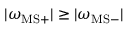
| \omega _ { \mathrm { M S } + } | \geq | \omega _ { \mathrm { M S } - } |